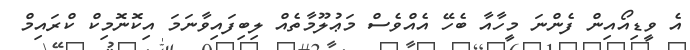
އެ ވީޑިއޯއިން ފެންނަ މީހާއާ ބެހޭ އެއްވެސް މަޢުލޫމާތެއް ލިބިފައިވާނަމަ އިކޮނޮމިކް ކްރައިމް